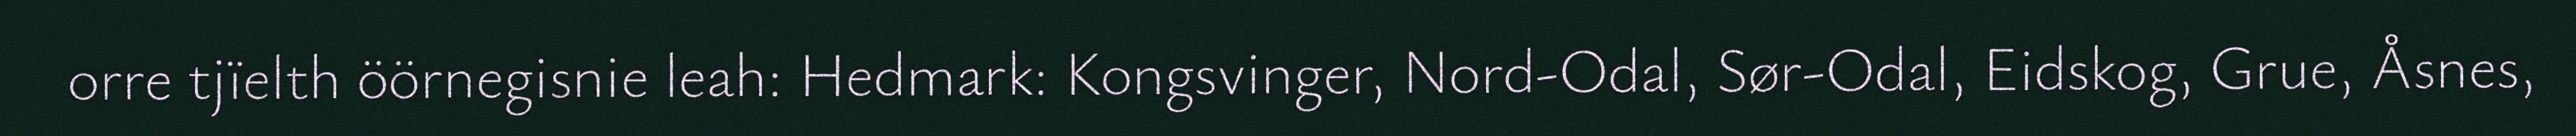
orre tjïelth öörnegisnie leah: Hedmark: Kongsvinger, Nord-Odal, Sør-Odal, Eidskog, Grue, Åsnes,